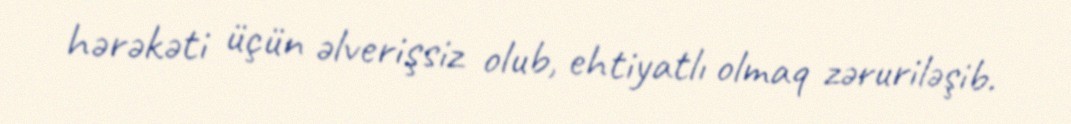
hərəkəti üçün əlverişsiz olub, ehtiyatlı olmaq zəruriləşib.